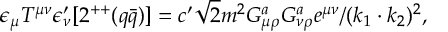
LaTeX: \epsilon _ { \mu } T ^ { \mu \nu } \epsilon _ { \nu } ^ { \prime } [ 2 ^ { + + } ( q \bar { q } ) ] = c ^ { \prime } \sqrt { 2 } m ^ { 2 } G _ { \mu \rho } ^ { a } G _ { \nu \rho } ^ { a } e ^ { \mu \nu } / ( k _ { 1 } \cdot k _ { 2 } ) ^ { 2 } ,